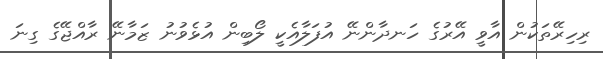
ރިހިރޭތަކުން އާވީ އޭރުގެ ހަނދާންނޭ އުފަލާއެކީ ލޯބިން އުޅެވުނު ޒަމާނޭ ރާއްޖޭގެ ގިނަ